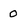
Character: 0